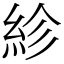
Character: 紾